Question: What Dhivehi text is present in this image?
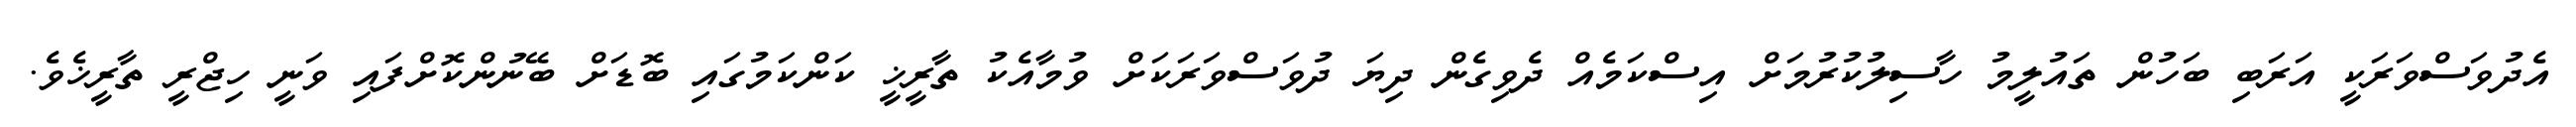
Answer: އެދުވަސްވަރަކީ އަރަބި ބަހުން ތައުލީމު ހާސިލުކުރުމަށް އިސްކަމެއް ދެވިގެން ދިޔަ ދުވަސްވަރަކަށް ވުމާއެކު ތާރީޚީ ކަންކަމުގައި ބޮޑަށް ބޭނުންކޮށްފައި ވަނީ ހިޖްރީ ތާރީޚެވެ.